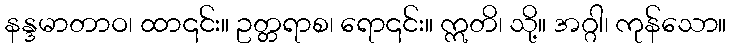
နန္ဒမာတာဝ၊ ထာ၎င်း။ ဥတ္တရာစ၊ ရော၎င်း။ ဣတိ၊ သို့။ အဂ္ဂါ၊ ကုန်သော။